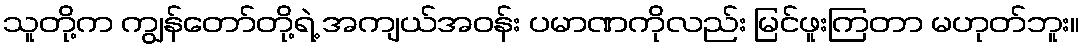
သူတို့က ကျွန်တော်တို့ရဲ့ အကျယ်အဝန်း ပမာဏကိုလည်း မြင်ဖူးကြတာ မဟုတ်ဘူး။